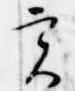
実